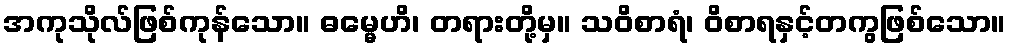
အကုသိုလ်ဖြစ်ကုန်သော။ ဓမ္မေဟိ၊ တရားတို့မှ။ သဝိစာရံ၊ ဝိစာရနှင့်တကွဖြစ်သော။